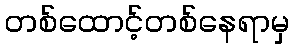
တစ်ထောင့်တစ်နေရာမှ